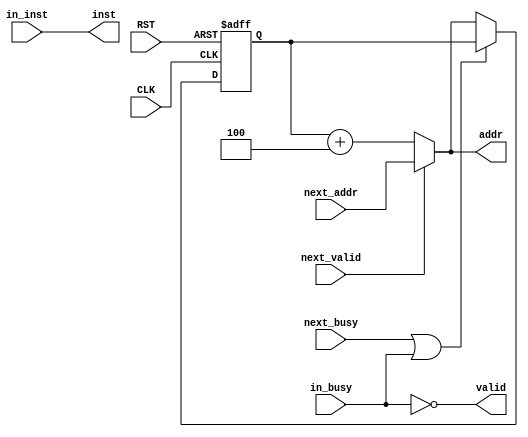
module execute(
    input CLK,
    input RST,
    input next_valid,
    input [31:0] next_addr,
    input next_busy,
    input [31:0] in_inst,
    input in_busy,
    output reg [31:0] addr,
    output reg [31:0] inst,
    output reg valid
    );
    reg [31:0] PC;
    wire [31:0] next_PC;
    assign next_PC = next_valid ? next_addr : PC + 4;
    assign stall = next_busy | in_busy;
    assign addr = next_PC;
    assign valid = !in_busy;
    assign inst = in_inst;
    always @(posedge CLK or posedge RST) begin
        if (RST) begin
            PC <= 32'd0;
        end else begin
            if (!stall) PC <= next_PC;
        end
    end
endmodule